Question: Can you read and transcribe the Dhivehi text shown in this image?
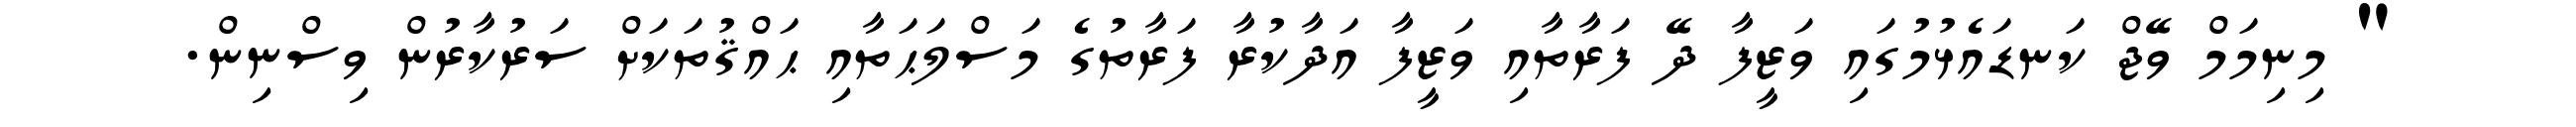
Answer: " މިނިމަމް ވޭޖް ކަނޑައެޅުމުގައި ވަޒީފާ ދޭ ފަރާތާއި ވަޒީފާ އަދާކުރާ ފަރާތުގެ މަސްލަޙަތާއި ޙައްޤުތަކަށް ސަރުކާރުން ވިސްނިން.